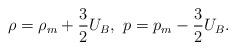
LaTeX: \begin{align*}\rho= \rho_m+\frac{3}{2}U_B,\ p=p_m -\frac{3}{2}U_B.\end{align*}